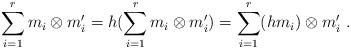
LaTeX: \begin{align*}\sum_{i=1}^rm_i\otimes m_i'=h(\sum_{i=1}^rm_i\otimes m_i')=\sum_{i=1}^r(hm_i)\otimes m_i'\ .\end{align*}